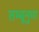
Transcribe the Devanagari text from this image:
तम्बूनुमा